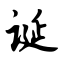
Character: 诞